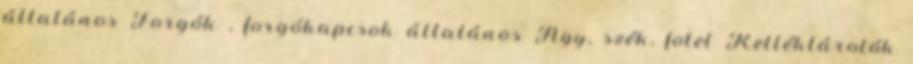
általános Forgók , forgókapcsok általános Ágy, szék, fotel Kelléktárolók